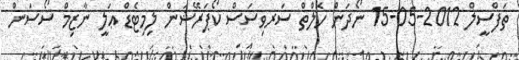
ތަފްސީލް 2012-05-15 ނޯދަން ހެލްތް ސަރވިސަސް ކޯޕަރޭޝަން ލިމިޓެޑް ޢަލީ ނާޒިމް ސޯސަން